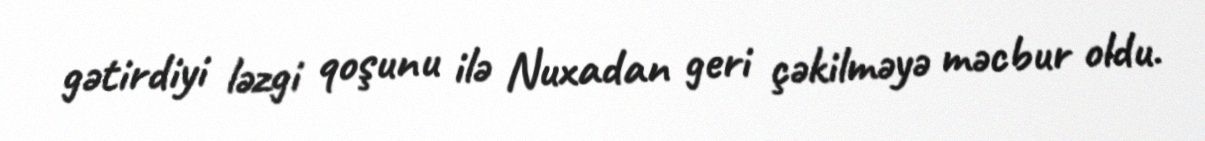
gətirdiyi ləzgi qoşunu ilə Nuxadan geri çəkilməyə məcbur oldu.